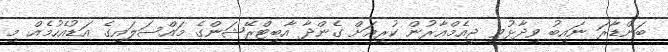
ބަންޑާރަ ނައިބު ވިދާޅުވީ ޖީއެމްއާރުން ކުރިއަށް ގެންދާ އާބިޓްރޭޝަންގެ މައްސަލައިގެ އަޑުއެހުމެއް މި